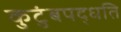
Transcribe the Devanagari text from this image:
कुटुंबपद्धति